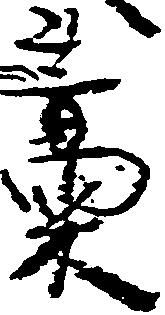
藁